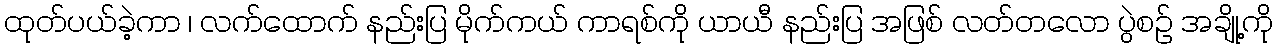
ထုတ်ပယ်ခဲ့ကာ ၊ လက်ထောက် နည်းပြ မိုက်ကယ် ကာရစ်ကို ယာယီ နည်းပြ အဖြစ် လတ်တလော ပွဲစဉ် အချို့ကို